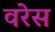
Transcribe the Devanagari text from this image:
वरेस